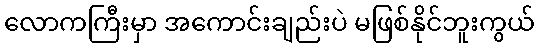
လောကကြီးမှာ အကောင်းချည်းပဲ မဖြစ်နိုင်ဘူးကွယ်